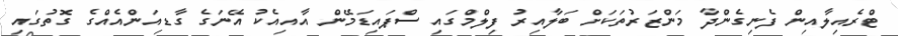
ޓްރެއިލާއިން ފެނިގެންދާ މަންޒަރުތަކަށް ބަލާއިރު ފިލްމްގައި ސްޕައިޑަމޭން އާއިއެކު އޭނަގެ ގާޑިއަންއެއްގެ ގޮތުގައި